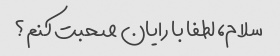
سلام، لطفا با رایان صحبت کنم؟